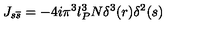
J _ { s \overline { { s } } } = - 4 i \pi ^ { 3 } l _ { P } ^ { 3 } N \delta ^ { 3 } ( r ) \delta ^ { 2 } ( s )